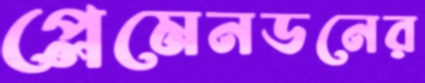
প্লেমেনডনের